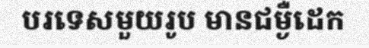
បរទេសមួយរូប មានជម្ងឺដេក